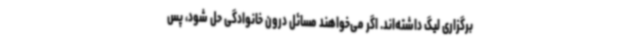
برگزاری لیگ داشته‌اند. اگر می‌خواهند مسائل درون خانوادگی حل شود، پس